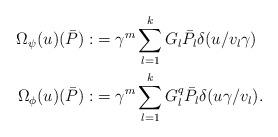
LaTeX: \begin{align*}\Omega_\psi(u)(\bar P):&=\gamma^{m} \sum_{l=1}^kG_l \bar P_l \delta(u/v_l\gamma) \\ \Omega_\phi(u)(\bar P):&=\gamma^{m}\sum_{l=1}^kG_l^q \bar P_l\delta(u\gamma/v_l).\end{align*}